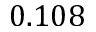
0 . 1 0 8